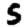
Digit: 5